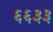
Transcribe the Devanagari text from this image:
६६३३